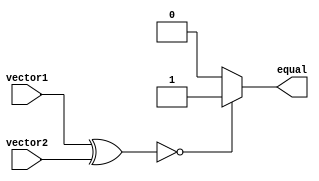
module comparator(
    input [63:0] vector1,
    input [63:0] vector2,
    output equal
);

wire [63:0] xor_result;
wire flag;

assign xor_result = vector1 ^ vector2;

assign equal = (xor_result == 64'b0) ? 1'b1 : 1'b0;

endmodule